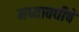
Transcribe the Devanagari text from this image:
मध्यावधीचे